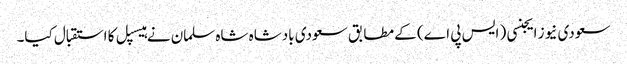
سعودی نیوز ایجنسی ( ایس پی اے) کے مطابق سعودی بادشاہ شاہ سلمان نے ہیسپل کا استقبال کیا۔